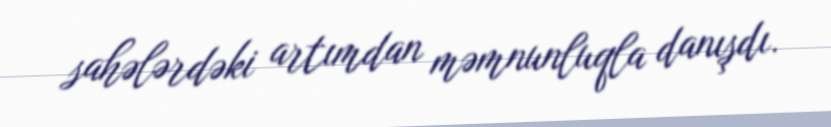
sahələrdəki artımdan məmnunluqla danışdı.